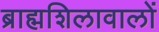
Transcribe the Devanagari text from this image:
ब्राह्मशिलावालों